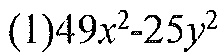
(1)$49x^{2}-25y^{2}$